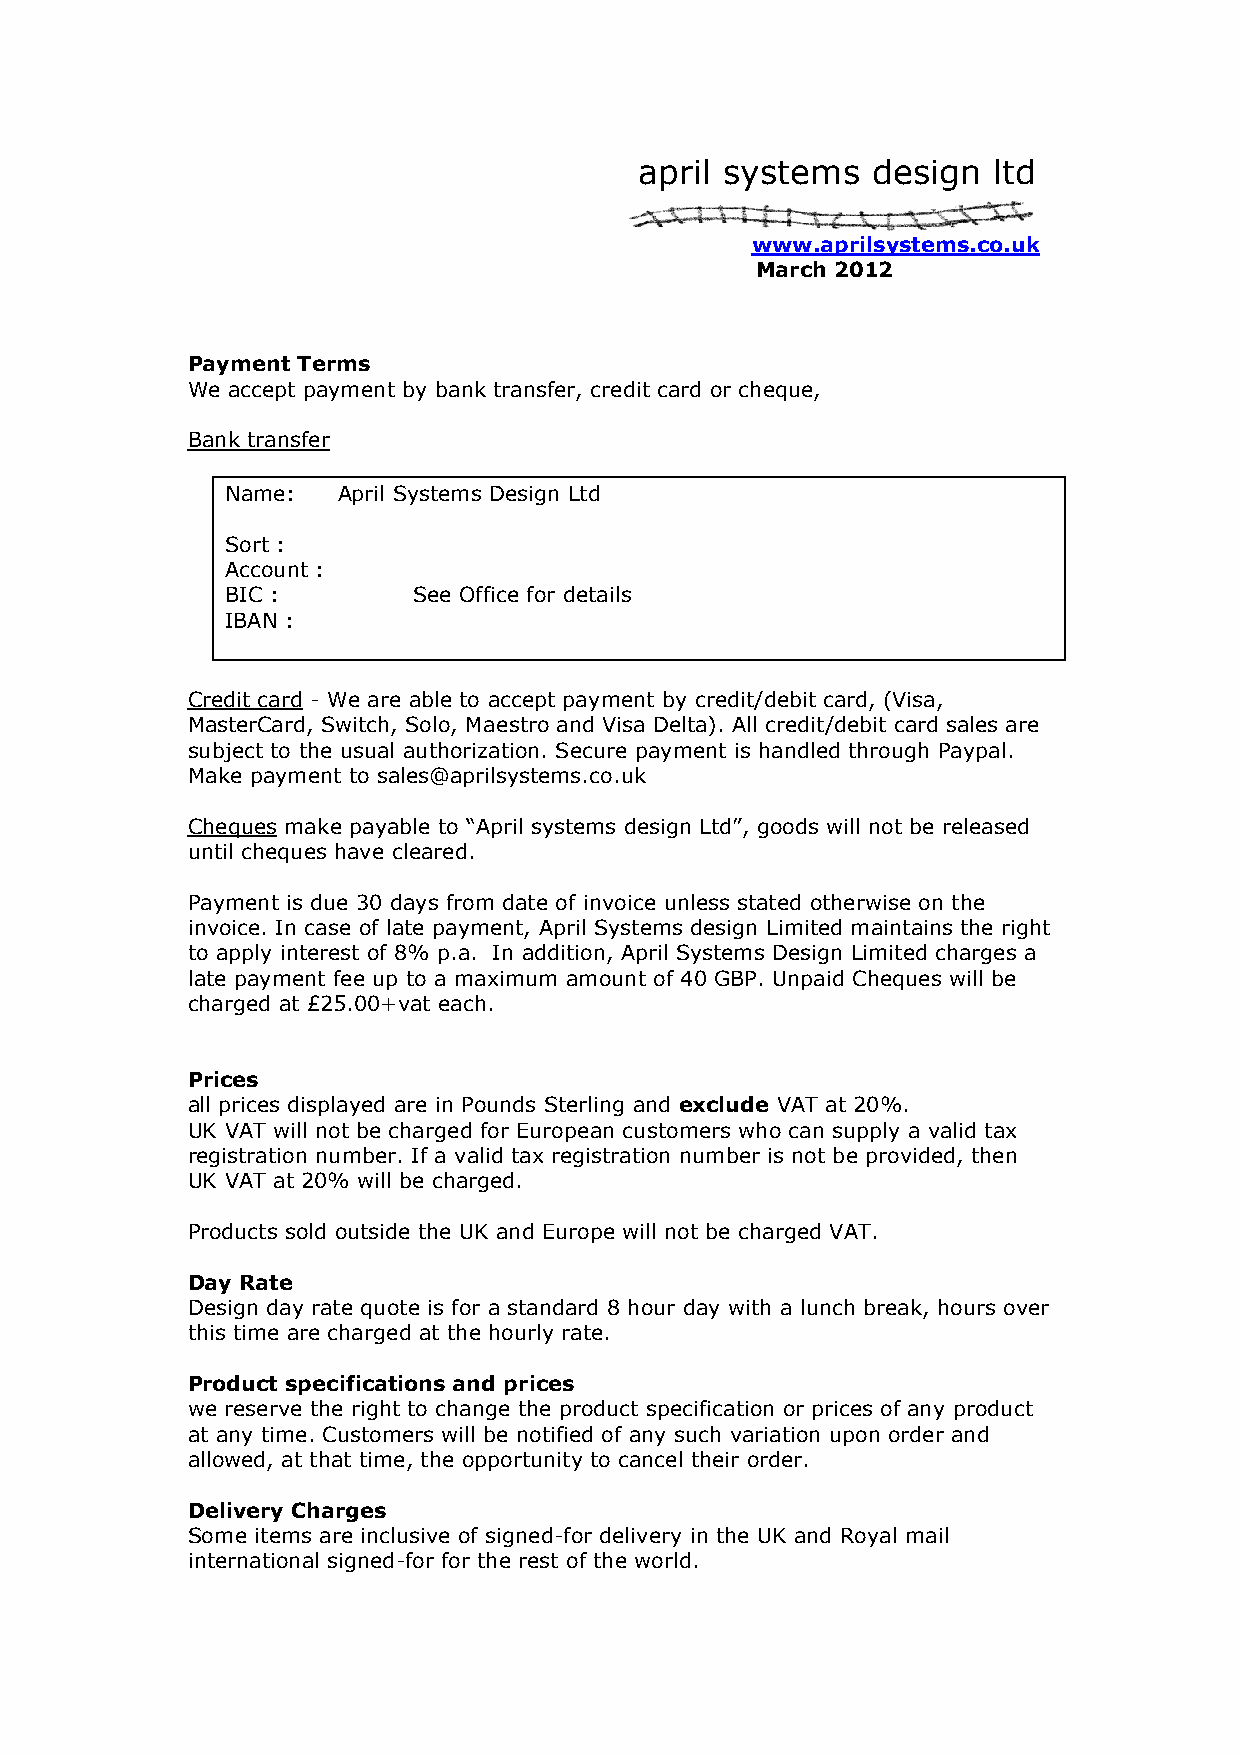
april systems   design  ltd
 www.aprilsystems.co.uk
 March 2012
 Payment Terms
 We accept payment by bank transfer, credit card or cheque,
 Bank transfer
 Name:  April Systems Design Ltd
 Sort :
 Account :
 BIC :       See Office for details
 IBAN :
 Credit card - We are able to accept payment by credit/debit card, (Visa,
 MasterCard, Switch, Solo, Maestro and Visa Delta). All credit/debit card sales are
 subject to the usual authorization. Secure payment is handled through Paypal.
 Make payment to sales@aprilsystems.co.uk
 Cheques make payable to “April systems design Ltd”, goods will not be released
 until cheques have cleared.
 Payment is due 30 days from date of invoice unless stated otherwise on the
 invoice. In case of late payment, April Systems design Limited maintains the right
 to apply interest of 8% p.a. In addition, April Systems Design Limited charges a
 late payment fee up to a maximum amount of 40 GBP. Unpaid Cheques will be
 charged at £25.00+vat each.
 Prices
 all prices displayed are in Pounds Sterling and exclude VAT at 20%.
 UK VAT will not be charged for European customers who can supply a valid tax
 registration number. If a valid tax registration number is not be provided, then
 UK VAT at 20% will be charged.
 Products sold outside the UK and Europe will not be charged VAT.
 Day Rate
 Design day rate quote is for a standard 8 hour day with a lunch break, hours over
 this time are charged at the hourly rate.
 Product specifications and prices
 we reserve the right to change the product specification or prices of any product
 at any time. Customers will be notified of any such variation upon order and
 allowed, at that time, the opportunity to cancel their order.
 Delivery Charges
 Some items are inclusive of signed-for delivery in the UK and Royal mail
 international signed-for for the rest of the world.